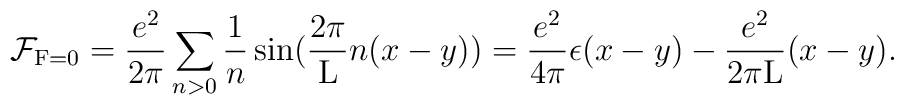
{\cal F}_{{\rm F}=0} = \frac{e^2}{2\pi} \sum_{n>0} \frac{1}{n}\sin(\frac{2\pi}{\rm L} n(x-y)) = \frac{e^2}{4\pi} \epsilon(x-y)- \frac{e^2}{2\pi \rm L}(x-y).